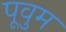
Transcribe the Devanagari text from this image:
पूवुम